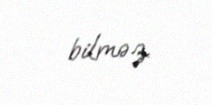
bilməz.